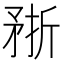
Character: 𥍭